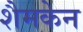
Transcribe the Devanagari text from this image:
शैमकेन